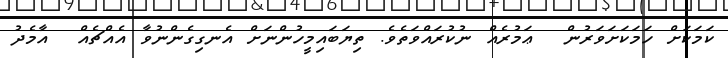
ކަމަކަށް ހަމަކަށަވަރުން  ޢަމުރެއް ނުކުރައްވަތެވެ. ތިޔަބައިމީހުންނަށް އެނގިގެންނުވާ އެއްޗެއް  އާމެދު